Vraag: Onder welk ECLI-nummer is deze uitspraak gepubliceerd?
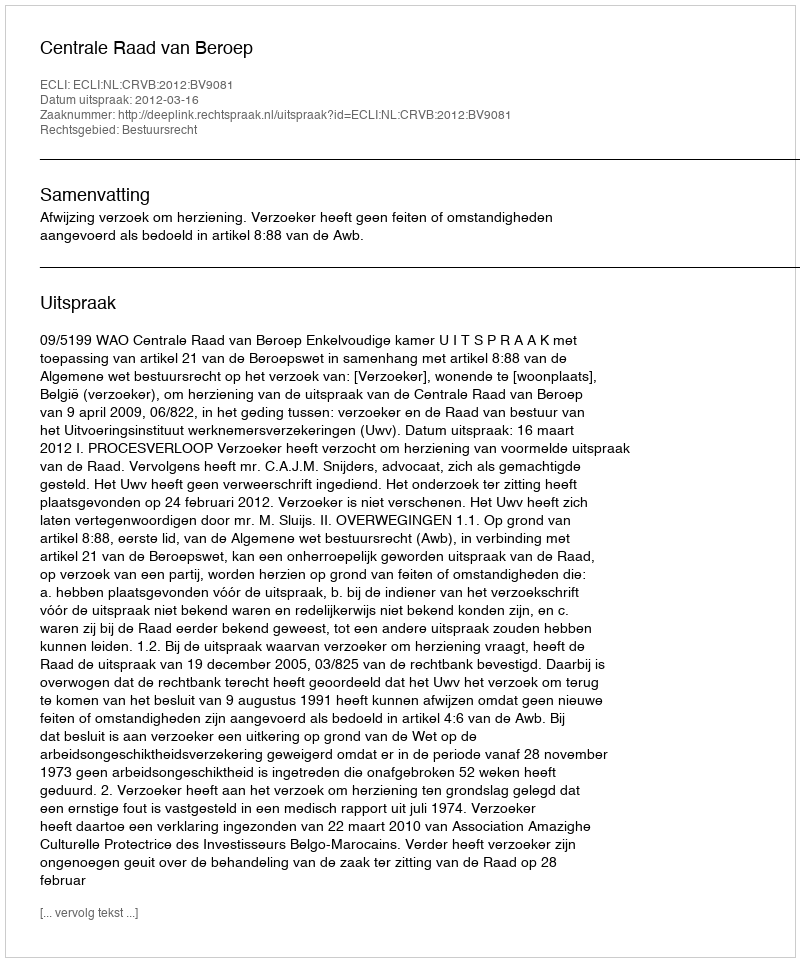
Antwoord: ECLI:NL:CRVB:2012:BV9081